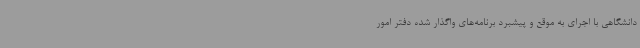
دانشگاهی با اجرای به موقع و پیشبرد برنامه‌های واگذار شده دفتر امور